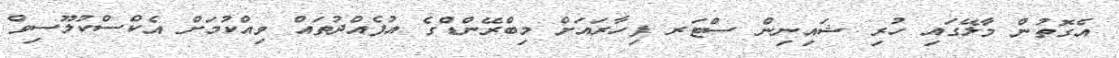
އެގޮތުން މާލޭގައި ހުރި ޝައިނިން ސްޓަރ ފިހާރައަށް މިބްރޭންޑްގެ އުފެއްދުތައް ވިއްކުމަށް އެކްސްކުލޫސިވް